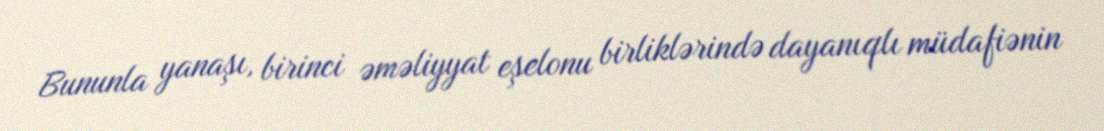
Bununla yanaşı, birinci əməliyyat eşelonu birliklərində dayanıqlı müdafiənin